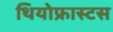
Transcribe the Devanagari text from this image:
थियोफ्रास्टस